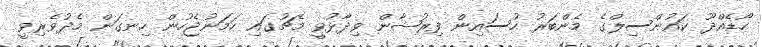
ހޯޑެއްދޫ ކައުންސިލްގެ މެންބަރު ހުސައިން ފިރުޝާން ވިދާޅުވީ މެޗުގައި ހަމަނުޖެހުން ހިނގަން މެދުވެރިވީ